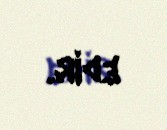
edir.